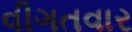
વીગતવાર